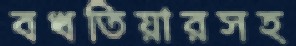
বখতিয়ারসহ